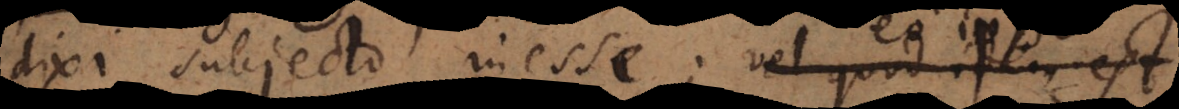
dixi subjecto inesse; vel quod idem est